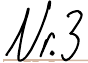
Nr. 3